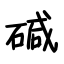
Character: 碱